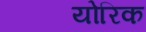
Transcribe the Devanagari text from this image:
योरिक